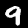
Label: 9